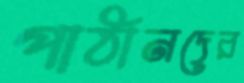
পাঠানদের